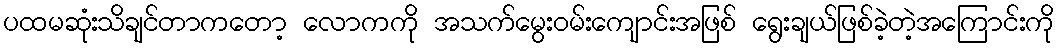
ပထမဆုံးသိချင်တာကတော့ လောကကို အသက်မွေးဝမ်းကျောင်းအဖြစ် ရွေးချယ်ဖြစ်ခဲ့တဲ့အကြောင်းကို